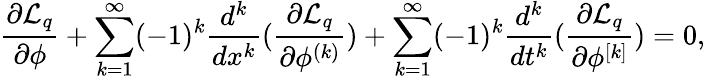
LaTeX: \frac{\partial\mathcal{L}_{q}}{\partial\phi}+\sum_{k=1}^{\infty}(-1)^{k}\frac{d^{k}}{dx^{k}}(\frac{\partial\mathcal{L}_{q}}{\partial\phi^{(k)}})+\sum_{k=1}^{\infty}(-1)^{k}\frac{d^{k}}{dt^{k}}(\frac{\partial\mathcal{L}_{q}}{\partial\phi^{[k]}})=0,